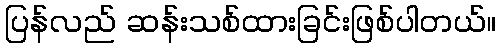
ပြန်လည် ဆန်းသစ်ထားခြင်းဖြစ်ပါတယ်။